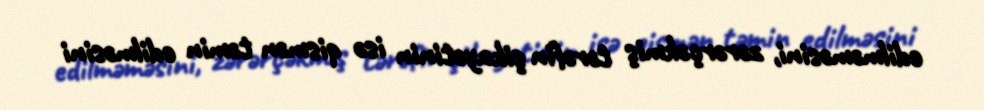
edilməməsini, zərərçəkmiş tərəfin şikayətinin isə qismən təmin edilməsini